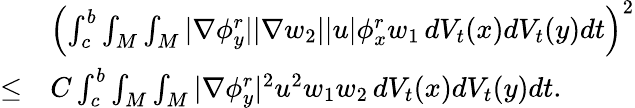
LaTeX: \begin{array}{rl}&{\left(\int_{c}^{b}\int_{M}\int_{M}|\nabla\phi_{y}^{r}||\nabla w_{2}||u|\phi_{x}^{r}w_{1}\, dV_{t}(x)dV_{t}(y)dt\right)^{2}}\\ {\le}&{C\int_{c}^{b}\int_{M}\int_{M}|\nabla\phi_{y}^{r}|^{2}u^{2}w_{1}w_{2}\, dV_{t}(x)dV_{t}(y)dt.}\end{array}